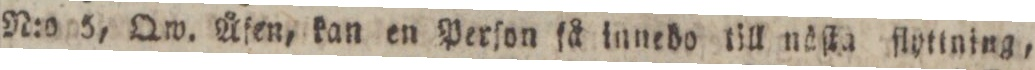
N:o 5, Qw. Åfen, kan en Perſon få innedo till näſta ſlyttning,